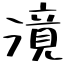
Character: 𣽾